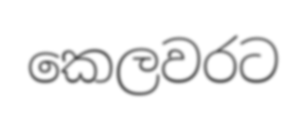
කෙලවරට